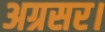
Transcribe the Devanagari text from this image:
अग्रसर।